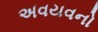
અવયવનો